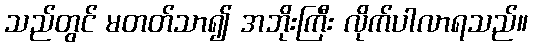
သည်တွင် မတတ်သာ၍ အဘိုးကြီး လိုက်ပါလာရသည်။